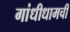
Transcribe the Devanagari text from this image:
गांधीधामची